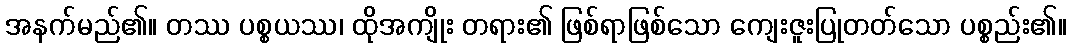
အနက်မည်၏။ တဿ ပစ္စယဿ၊ ထိုအကျိုး တရား၏ ဖြစ်ရာဖြစ်သော ကျေးဇူးပြုတတ်သော ပစ္စည်း၏။